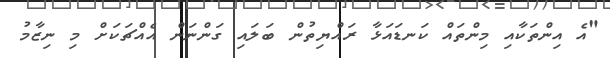
"އެ އިންތަކާއި މިންތައް ކަނޑައަޅާ ރައްޔިތުން ބަލައި ގަންނަން އެއްޗަކަށް މި ނިޒާމު